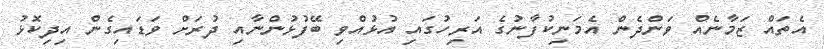
އެތައް ޒަމާނެއް ވަންދެން އެމަނިކުފާނުގެ އަރިހުގައި އުޅުއްވި ބޭފުޅުންނާއި ދުރަށް ވަޑައިގެން އިދިކޮޅު